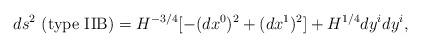
LaTeX: \begin{align*}ds^2~ ({\rm type ~IIB}) = H^{-3/4} [ - (d x^0)^2 + (d x^1)^2 ] + H^{1/4} dy^i dy^i,\end{align*}